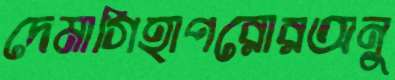
দেমাগিহাপরোরঅনু